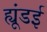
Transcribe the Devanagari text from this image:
ह्यूंडई